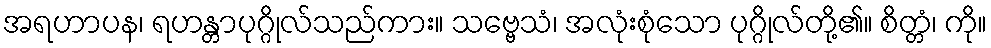
အရဟာပန၊ ရဟန္တာပုဂ္ဂိုလ်သည်ကား။ သဗ္ဗေသံ၊ အလုံးစုံသော ပုဂ္ဂိုလ်တို့၏။ စိတ္တံ၊ ကို။